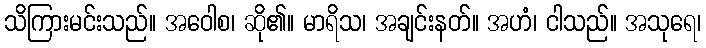
သိကြားမင်းသည်။ အဝေါစ၊ ဆို၏။ မာရိသ၊ အချင်းနတ်။ အဟံ၊ ငါသည်။ အသုရေ၊